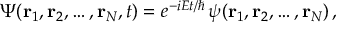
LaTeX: \Psi ( \mathbf { r } _ { 1 } , \mathbf { r } _ { 2 } , \ldots , \mathbf { r } _ { N } , t ) = e ^ { - i E t / \hbar } \, \psi ( \mathbf { r } _ { 1 } , \mathbf { r } _ { 2 } , \ldots , \mathbf { r } _ { N } ) \, ,